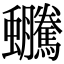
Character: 𧖍